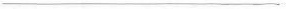
___